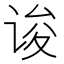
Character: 𰵯